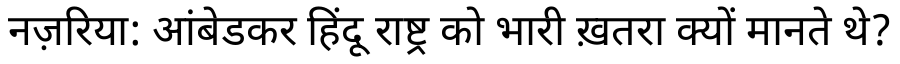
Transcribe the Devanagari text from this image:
नज़रिया: आंबेडकर हिंदू राष्ट्र को भारी ख़तरा क्यों मानते थे?